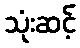
သုံးဆင့်